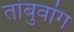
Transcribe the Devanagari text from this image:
तांबुवांग